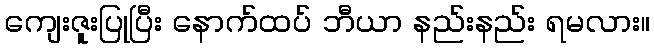
ကျေးဇူးပြုပြီး နောက်ထပ် ဘီယာ နည်းနည်း ရမလား။